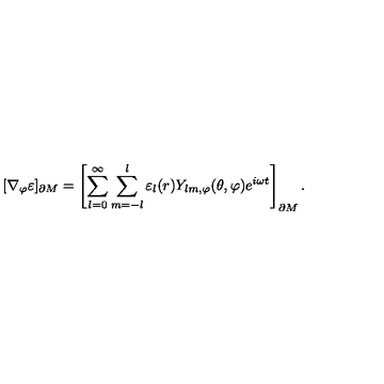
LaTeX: [ \nabla _ { \varphi } \varepsilon ] _ { \partial M } = \left[ \sum _ { l = 0 } ^ { \infty } \sum _ { m = - l } ^ { l } \varepsilon _ { l } ( r ) Y _ { l m , \varphi } ( \theta , \varphi ) e ^ { i \omega t } \right] _ { \partial M } .